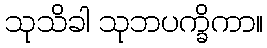
သုသိခါ သုဘပက္ခိကာ။